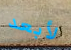
لأبعد